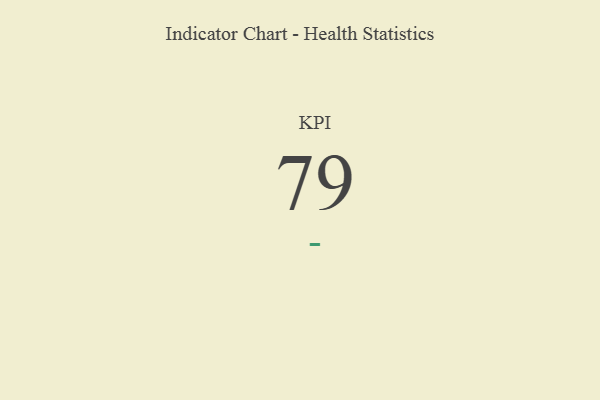
{"axis": {"x": "KPI", "y": "Value"}, "legend": [""], "data": [{"x": "KPI", "y": 79, "type": ""}]}